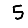
Digit: 5